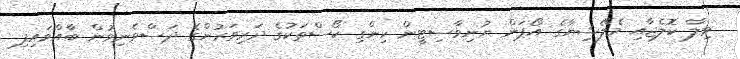
ވިލާ ކޮލެޖާއި މެލޭޝިޔާގެ އޯޕަން ޔުނިވާސިޓީން ހިންގި ކޯސްތަކުގެ ދަރިވަރުންގެ ދަސްވެނިވުން ބާއްވައިފި